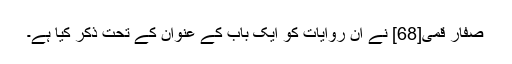
صفار قمی[68] نے ان روایات کو ایک باب کے عنوان کے تحت ذکر کیا ہے۔